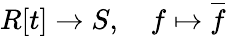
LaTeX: R[t]\to S,\quad f\mapsto{\overline{{f}}}